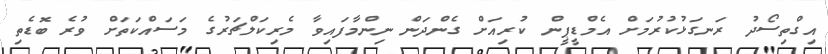
އިގްތިސޯދު ރަނގަޅުކުރުމަށް އެމްޑީޕީން ކުރިއަށް ގެންދަން ނިންމާފައިވާ މެރިކަލްޗަރުގެ މަސައްކަތަށް ވުރެ ބޮޑެތި